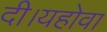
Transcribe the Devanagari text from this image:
दी।यहोवा